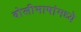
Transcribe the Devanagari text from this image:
बोलीभाषांमध्ये